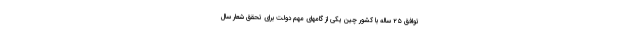
توافق ۲۵ ساله با کشور چین یکی از گامهای مهم دولت برای تحقق شعار سال